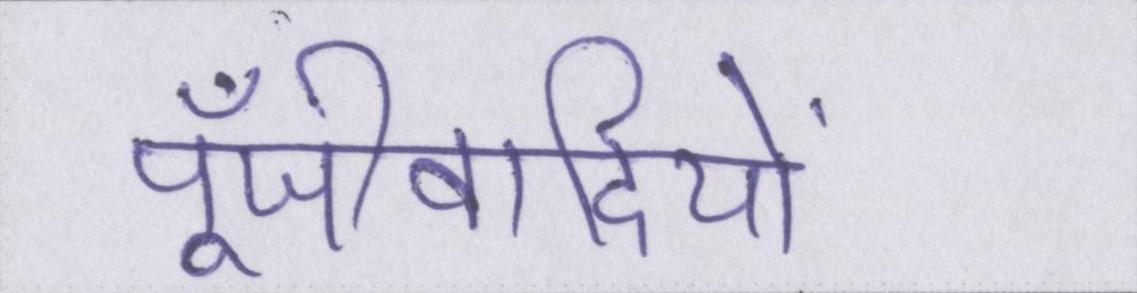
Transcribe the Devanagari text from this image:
पूँजीवादियों